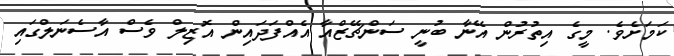
ކަމަށެވެ. މީގެ އިތުރުން އޭނާ ބުނީ ސަންޗޭޒްއާ އެއްފަދައިން އޮޒިލް ވެސް އާސެނަލްގައި